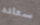
سعاده